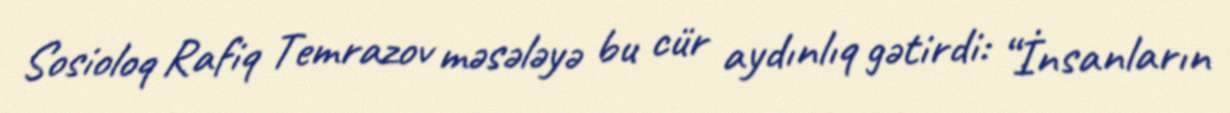
Sosioloq Rafiq Temrazov məsələyə bu cür aydınlıq gətirdi: “İnsanların